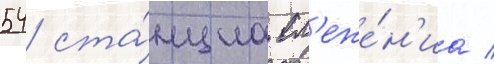
54 ста́нциа сл'еже́н'иа /